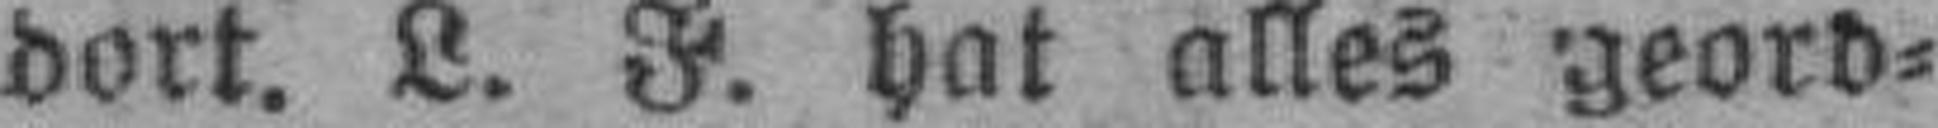
dort. L. F. hat alles geord¬